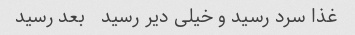
غذا سرد رسید و خیلی دیر رسید   بعد رسید